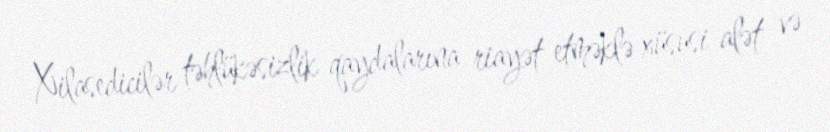
Xilasedicilər təhlükəsizlik qaydalarına riayət etməklə xüsusi alət və